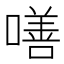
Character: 𠾺